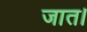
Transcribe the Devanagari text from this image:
जात।